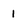
Character: 1